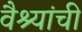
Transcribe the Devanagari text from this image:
वैश्यांची